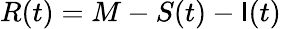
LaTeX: R(t)=M-S(t)-\mathsf{I}(t)